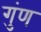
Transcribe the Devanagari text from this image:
गुंण